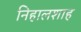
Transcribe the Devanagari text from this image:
निहालशाह